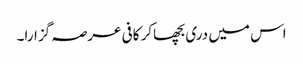
اس میں دری بچھاکر کافی عرصہ گزارا۔